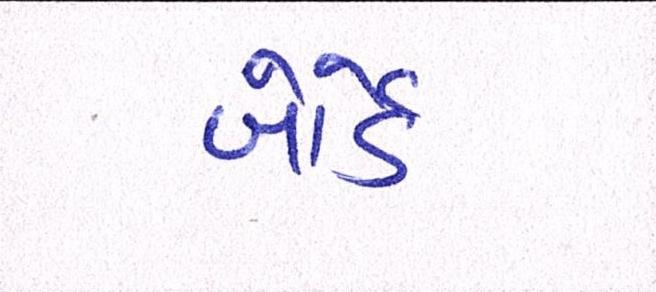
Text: બોર્ડે